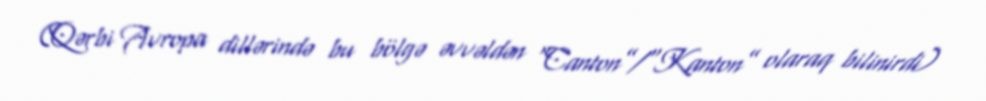
(Qərbi Avropa dillərində bu bölgə əvvəldən “Canton”/“Kanton” olaraq bilinirdi)